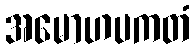
အမောဟပကတံ